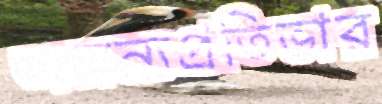
অনন্যপ্রতিভার